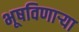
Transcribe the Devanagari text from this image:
भूषविणार्‍या